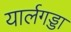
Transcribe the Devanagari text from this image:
यार्लगड्डा